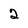
Character: 2